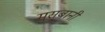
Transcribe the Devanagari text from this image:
मुसबानी